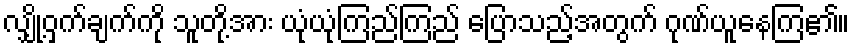
လျှို့ဝှက်ချက်ကို သူတို့အား ယုံယုံကြည်ကြည် ပြောသည့်အတွက် ဂုဏ်ယူနေကြ၏။